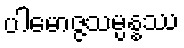
ပါမောဇ္ဇသမ္ပန္နဿ